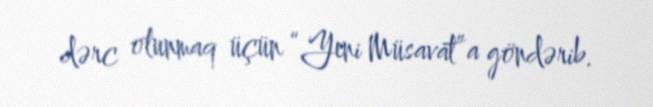
dərc olunmaq üçün “Yeni Müsavat”a göndərib.